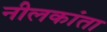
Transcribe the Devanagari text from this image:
नीलकांता